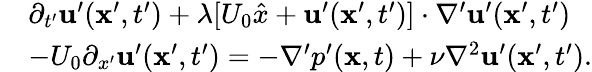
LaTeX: \begin{array}{rl}&{\partial_{t^{\prime}}{\mathbf u^{\prime}}({\mathbf x^{\prime}},t^{\prime})+\lambda[U_{0}\hat{x}+{\mathbf u^{\prime}}({\mathbf x^{\prime}},t^{\prime})]\cdot\nabla^{\prime}{\mathbf u^{\prime}}({\mathbf x^{\prime}},t^{\prime})}\\ &{-U_{0}\partial_{x^{\prime}}{\mathbf u^{\prime}}({\mathbf x^{\prime}},t^{\prime})=-\nabla^{\prime}p^{\prime}({\mathbf x},t)+\nu\nabla^{2}{\mathbf u^{\prime}}({\mathbf x^{\prime}},t^{\prime}).}\end{array}